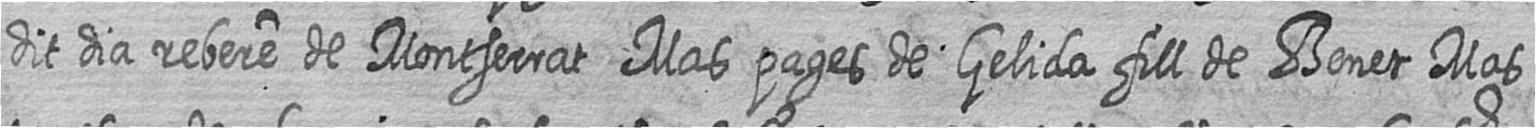
dit dia rebere de Montserrat Mas pages de Gelida fill de Benet Mas